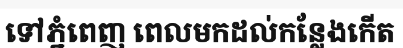
ទៅភ្នំពេញ ពេលមកដល់កន្លែងកើត